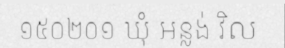
១៥០២០១ ឃុំ អន្លង់ វិល